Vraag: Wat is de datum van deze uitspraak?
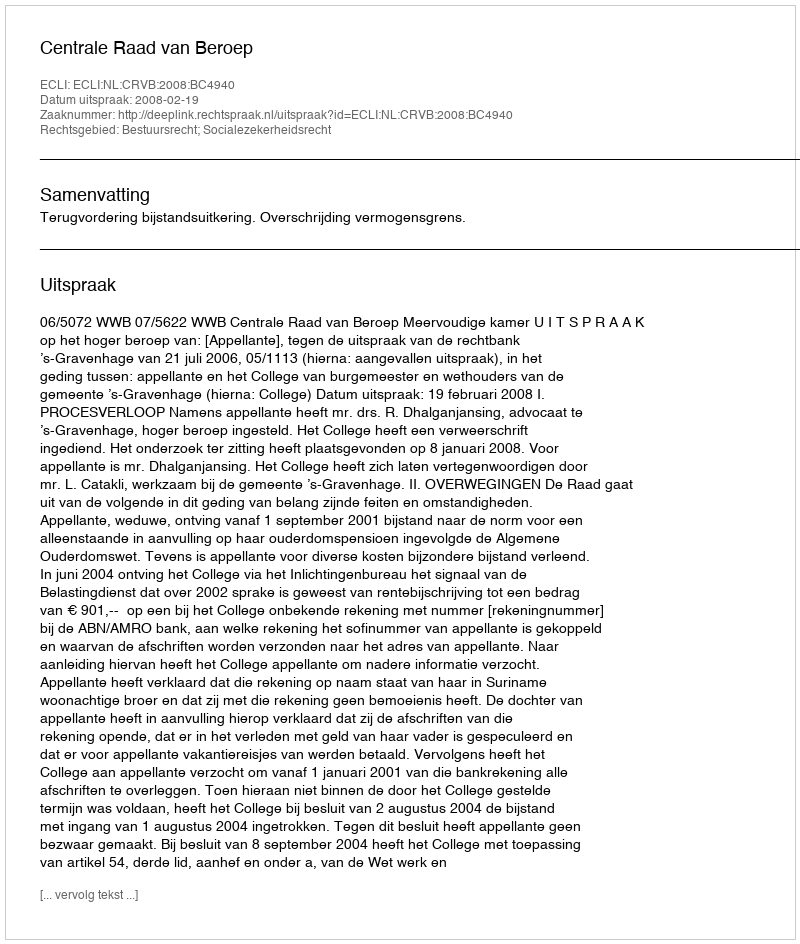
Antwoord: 2008-02-19